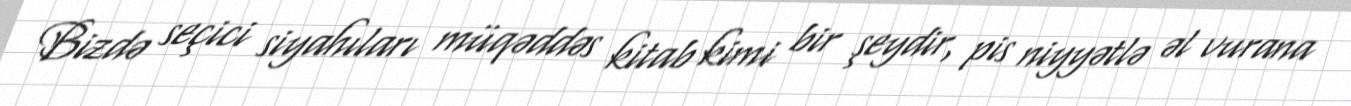
Bizdə seçici siyahıları müqəddəs kitab kimi bir şeydir, pis niyyətlə əl vurana